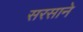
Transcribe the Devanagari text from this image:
सरसाने